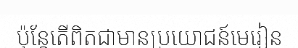
ប៉ុន្តែតើពិតជាមានប្រយោជន៍មេរៀន